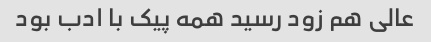
عالی هم زود رسید همه پیک با ادب بود